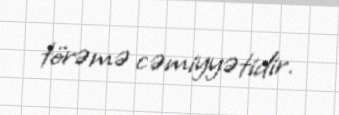
törəmə cəmiyyətidir.